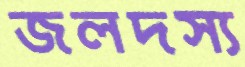
জলদস্য